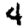
Digit: 4